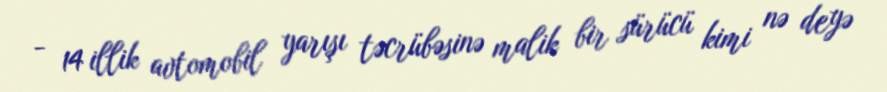
- 14 illik avtomobil yarışı təcrübəsinə malik bir sürücü kimi nə deyə